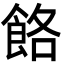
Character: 餎